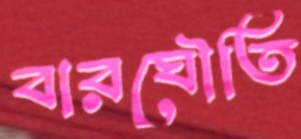
বারঘৌতি